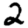
Digit: 2